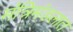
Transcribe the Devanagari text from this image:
मंत्रिमंडलात